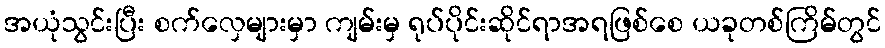
အယုံသွင်းပြီး စက်လှေများမှာ ကျမ်းမှ ရုပ်ပိုင်းဆိုင်ရာအရဖြစ်စေ ယခုတစ်ကြိမ်တွင်